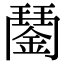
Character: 𨪖